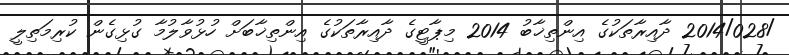
/2014/028 ދާއިރާތަކުގެ އިންތިޚާބު 2014 މިޕާޓީގެ ދާއިރާތަކުގެ އިންތިޚާބަށް ހުޅުވާލުމާ ގުޅިގެން ކުރިމަތިލީ